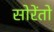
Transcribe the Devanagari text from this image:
सोरेंतो